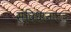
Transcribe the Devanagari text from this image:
संविधानातच